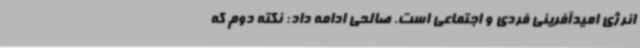
انرژی امیدآفرینی فردی و اجتماعی است. صالحی ادامه داد: نکته دوم که